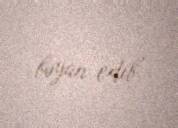
bəyan edib.